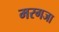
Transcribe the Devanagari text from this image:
मरगजा